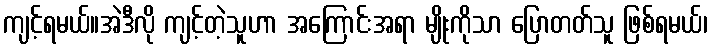
ကျင့်ရမယ်။အဲဒီလို ကျင့်တဲ့သူဟာ အကြောင်းအရာ မျိုးကိုသာ ပြောတတ်သူ ဖြစ်ရမယ်၊